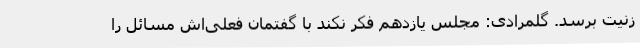
زنیت برسد. گلمرادی: مجلس یازدهم فکر نکند با گفتمان فعلی‌اش مسائل را